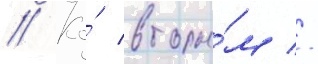
// Ко́ вторы́м //